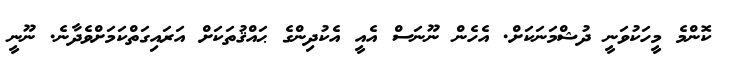
ކޮންމެ މީހަކުވަނީ ދުޝްމަނަކަށް. އެހެން ނޫނަސް އެއީ އެކުދިންގެ ޙައްޤުތަކަށް އަރައިގަތްކަމަށްވެދާނެ. ނޫނީ